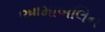
આમાબલિન